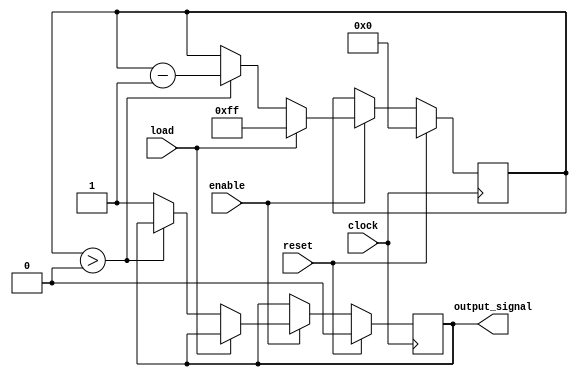
module Countdown_Timer (
    input wire clock,
    input wire reset,
    input wire enable,
    input wire load,
    output reg output_signal
);

reg [7:0] counter;

always @(posedge clock) begin
    if (reset) begin
        counter <= 8'b00000000;
        output_signal <= 0;
    end else if (enable) begin
        if (load) begin
            counter <= 8'b11111111;
        end else begin
            if (counter > 0) begin
                counter <= counter - 1;
            end else begin
                output_signal <= 1;
            end
        end
    end
end

endmodule